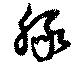
豚